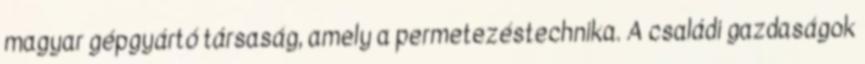
magyar gépgyártó társaság, amely a permetezéstechnika. A családi gazdaságok